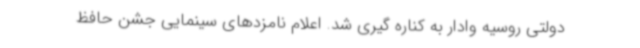
دولتی روسیه وادار به کناره گیری شد. اعلام نامزدهای سینمایی جشن حافظ